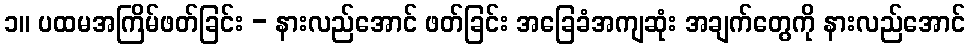
၁။ ပထမအကြိမ်ဖတ်ခြင်း - နားလည်အောင် ဖတ်ခြင်း အခြေခံအကျဆုံး အချက်တွေကို နားလည်အောင်